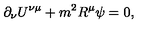
\partial _ { \nu } U ^ { \nu \mu } + m ^ { 2 } R ^ { \mu } \psi = 0 ,